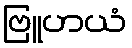
ဗြူဟယံ